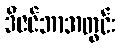
ဒီဇင်ဘာအတွင်း